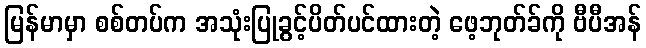
မြန်မာမှာ စစ်တပ်က အသုံးပြုခွင့်ပိတ်ပင်ထားတဲ့ ဖေ့ဘုတ်ခ်ကို ဗီပီအန်